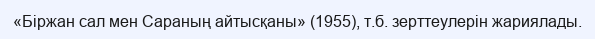
«Біржан сал мен Сараның айтысқаны» (1955), т.б. зерттеулерін жариялады.